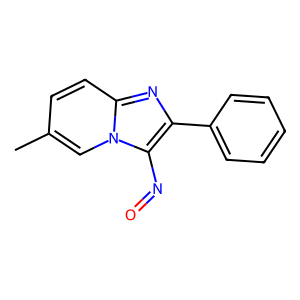
SMILES: Cc1ccc2nc(-c3ccccc3)c(N=O)n2c1
Inhibits HIV replication: No